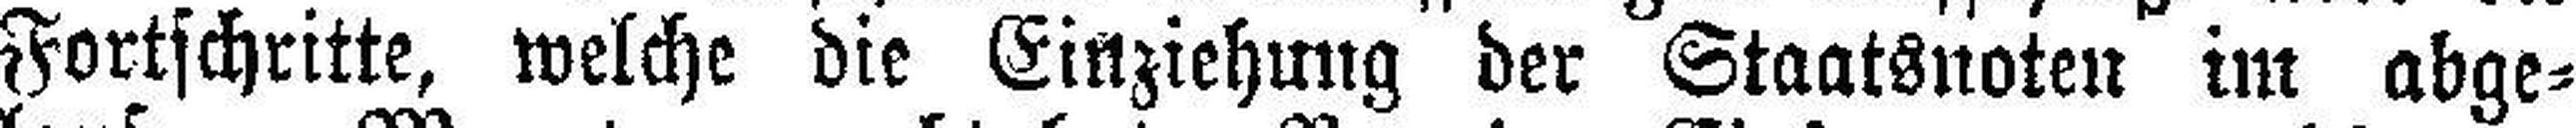
Fortschritte, welche die Einziehung der Staatsnoten im abge¬